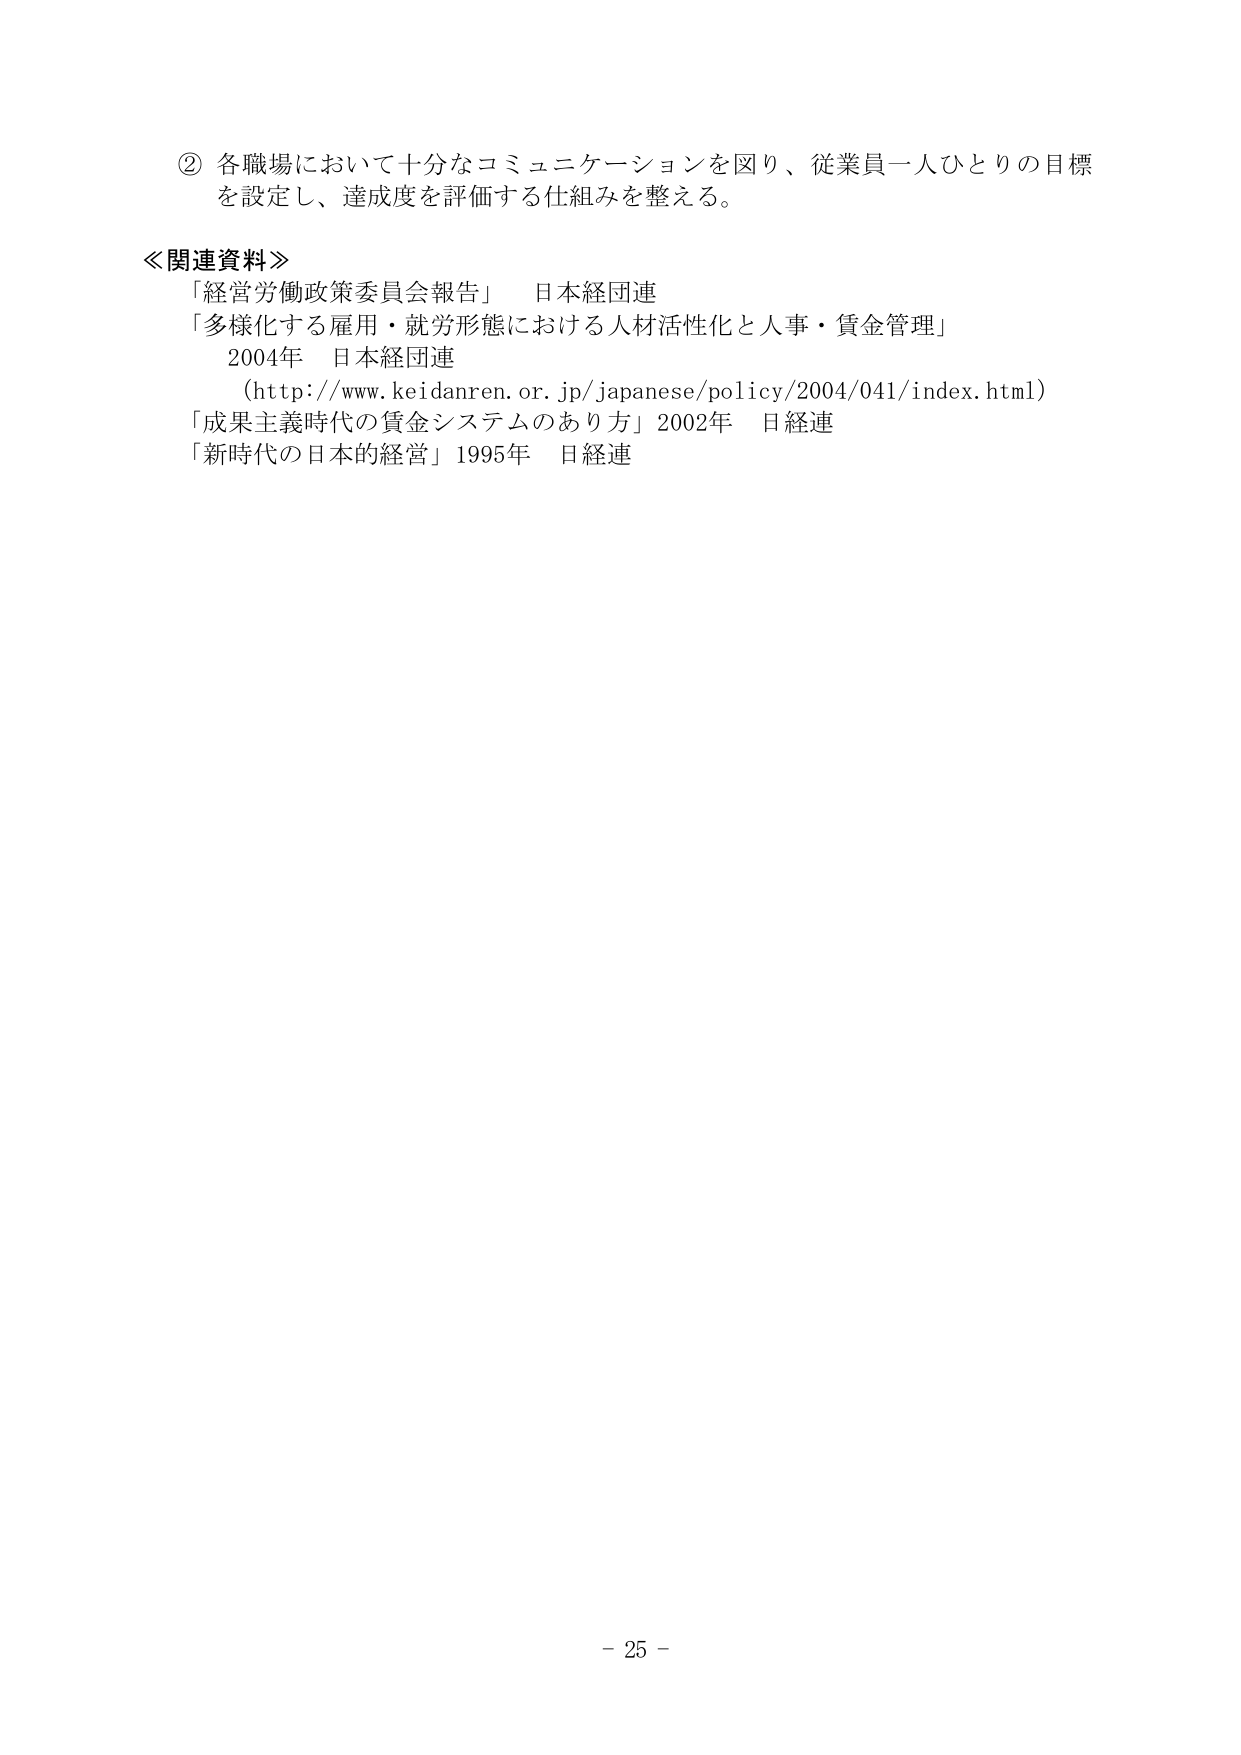
② 各職場において十分なコミュニケーションを図り、従業員一人ひとりの目標を設定し、達成度を評価する仕組みを整える。

≪関連資料≫
「経営労働政策委員会報告」 日本経団連
「多様化する雇用・就労形態における人材活性化と人事・賃金管理」
2004年 日本経団連
（http://www.keidanren.or.jp/japanese/policy/2004/041/index.html）
「成果主義時代の賃金システムのあり方」2002年 日経連
「新時代の日本的経営」1995年 日経連

- 25 -